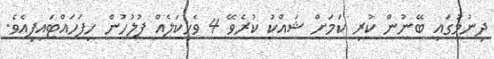
ދިނުމުގައި ބޭނުން ކުރި ކަމަށް ޝައްކު ކުރެވޭ 4 ވެހިކަލެއް ފުލުހުން ހިފަހައްޓައިފިއެވެ.